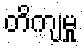
တိကျမှု